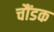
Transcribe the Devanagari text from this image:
चौंडक